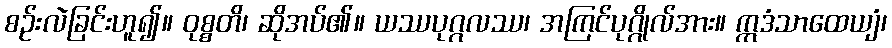
စဉ်းလဲခြင်းဟူ၍။ ဝုစ္စတိ၊ ဆိုအပ်၏။ ယဿပုဂ္ဂလဿ၊ အကြင်ပုဂ္ဂိုလ်အား။ ဣဒံသာထေယျံ၊